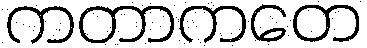
ကတာကတေ